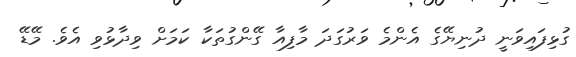
ގުޅިފައިވަނީ ދުނިޔޭގެ އެންމެ ވަރުގަދަ މާފިއާ ގޭންގުތަކާ ކަމަށް ވިދާޅުވި އެވެ. މޭޑޭ